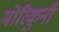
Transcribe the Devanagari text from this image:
मोरिकुनी